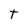
Character: T